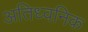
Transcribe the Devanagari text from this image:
अतिध्वनिक